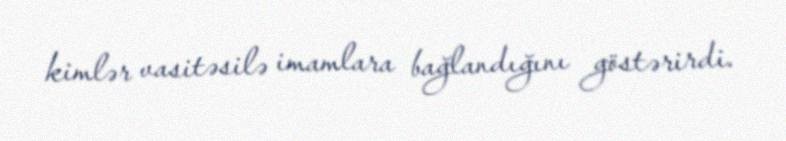
kimlər vasitəsilə imamlara bağlandığını göstərirdi.